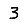
Digit: 3